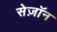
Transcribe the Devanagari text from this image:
सेज़ॉन